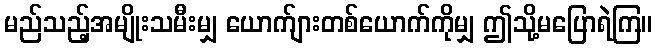
မည်သည့်အမျိုးသမီးမျှ ယောက်ျားတစ်ယောက်ကိုမျှ ဤသို့မပြောရဲကြ။